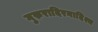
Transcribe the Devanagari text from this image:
गुरुरादिरनादिश्च